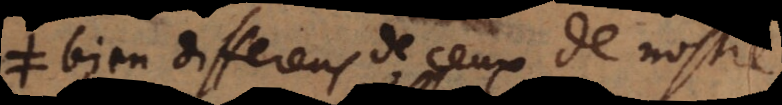
bien differens de ceux de nostre